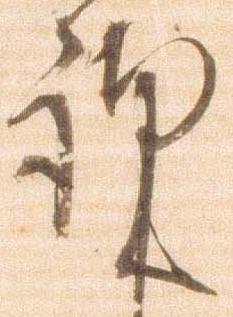
謹